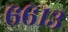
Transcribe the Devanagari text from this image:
६६१३